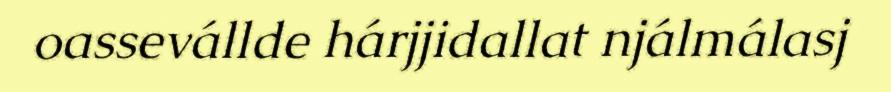
oassevállde hárjjidallat njálmálasj